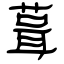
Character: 葺